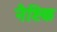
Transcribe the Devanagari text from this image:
नैष्टिक